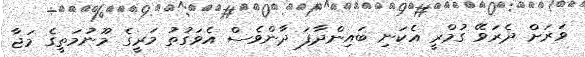
ވަރަށް ދެރަވޭ ގުމްރީ އެކަނި ބައިންދާފަ ދާންވެސް އެވަގުތު މަރީގެ މޫނުމަތީގެ މަޖާ